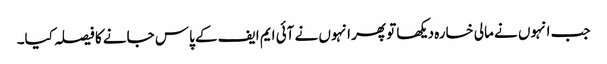
جب انہوں نے مالی خسارہ دیکھا تو پھر انہوں نے آئی ایم ایف کے پاس جانے کا فیصلہ کیا۔